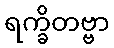
ရက္ခိတဗ္ဗာ